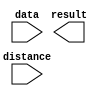
module ALU_ROTATE_RIGHT (
	data,
	distance,
	result);

	input	[31:0]  data;
	input	[4:0]  distance;
	output	[31:0]  result;

endmodule